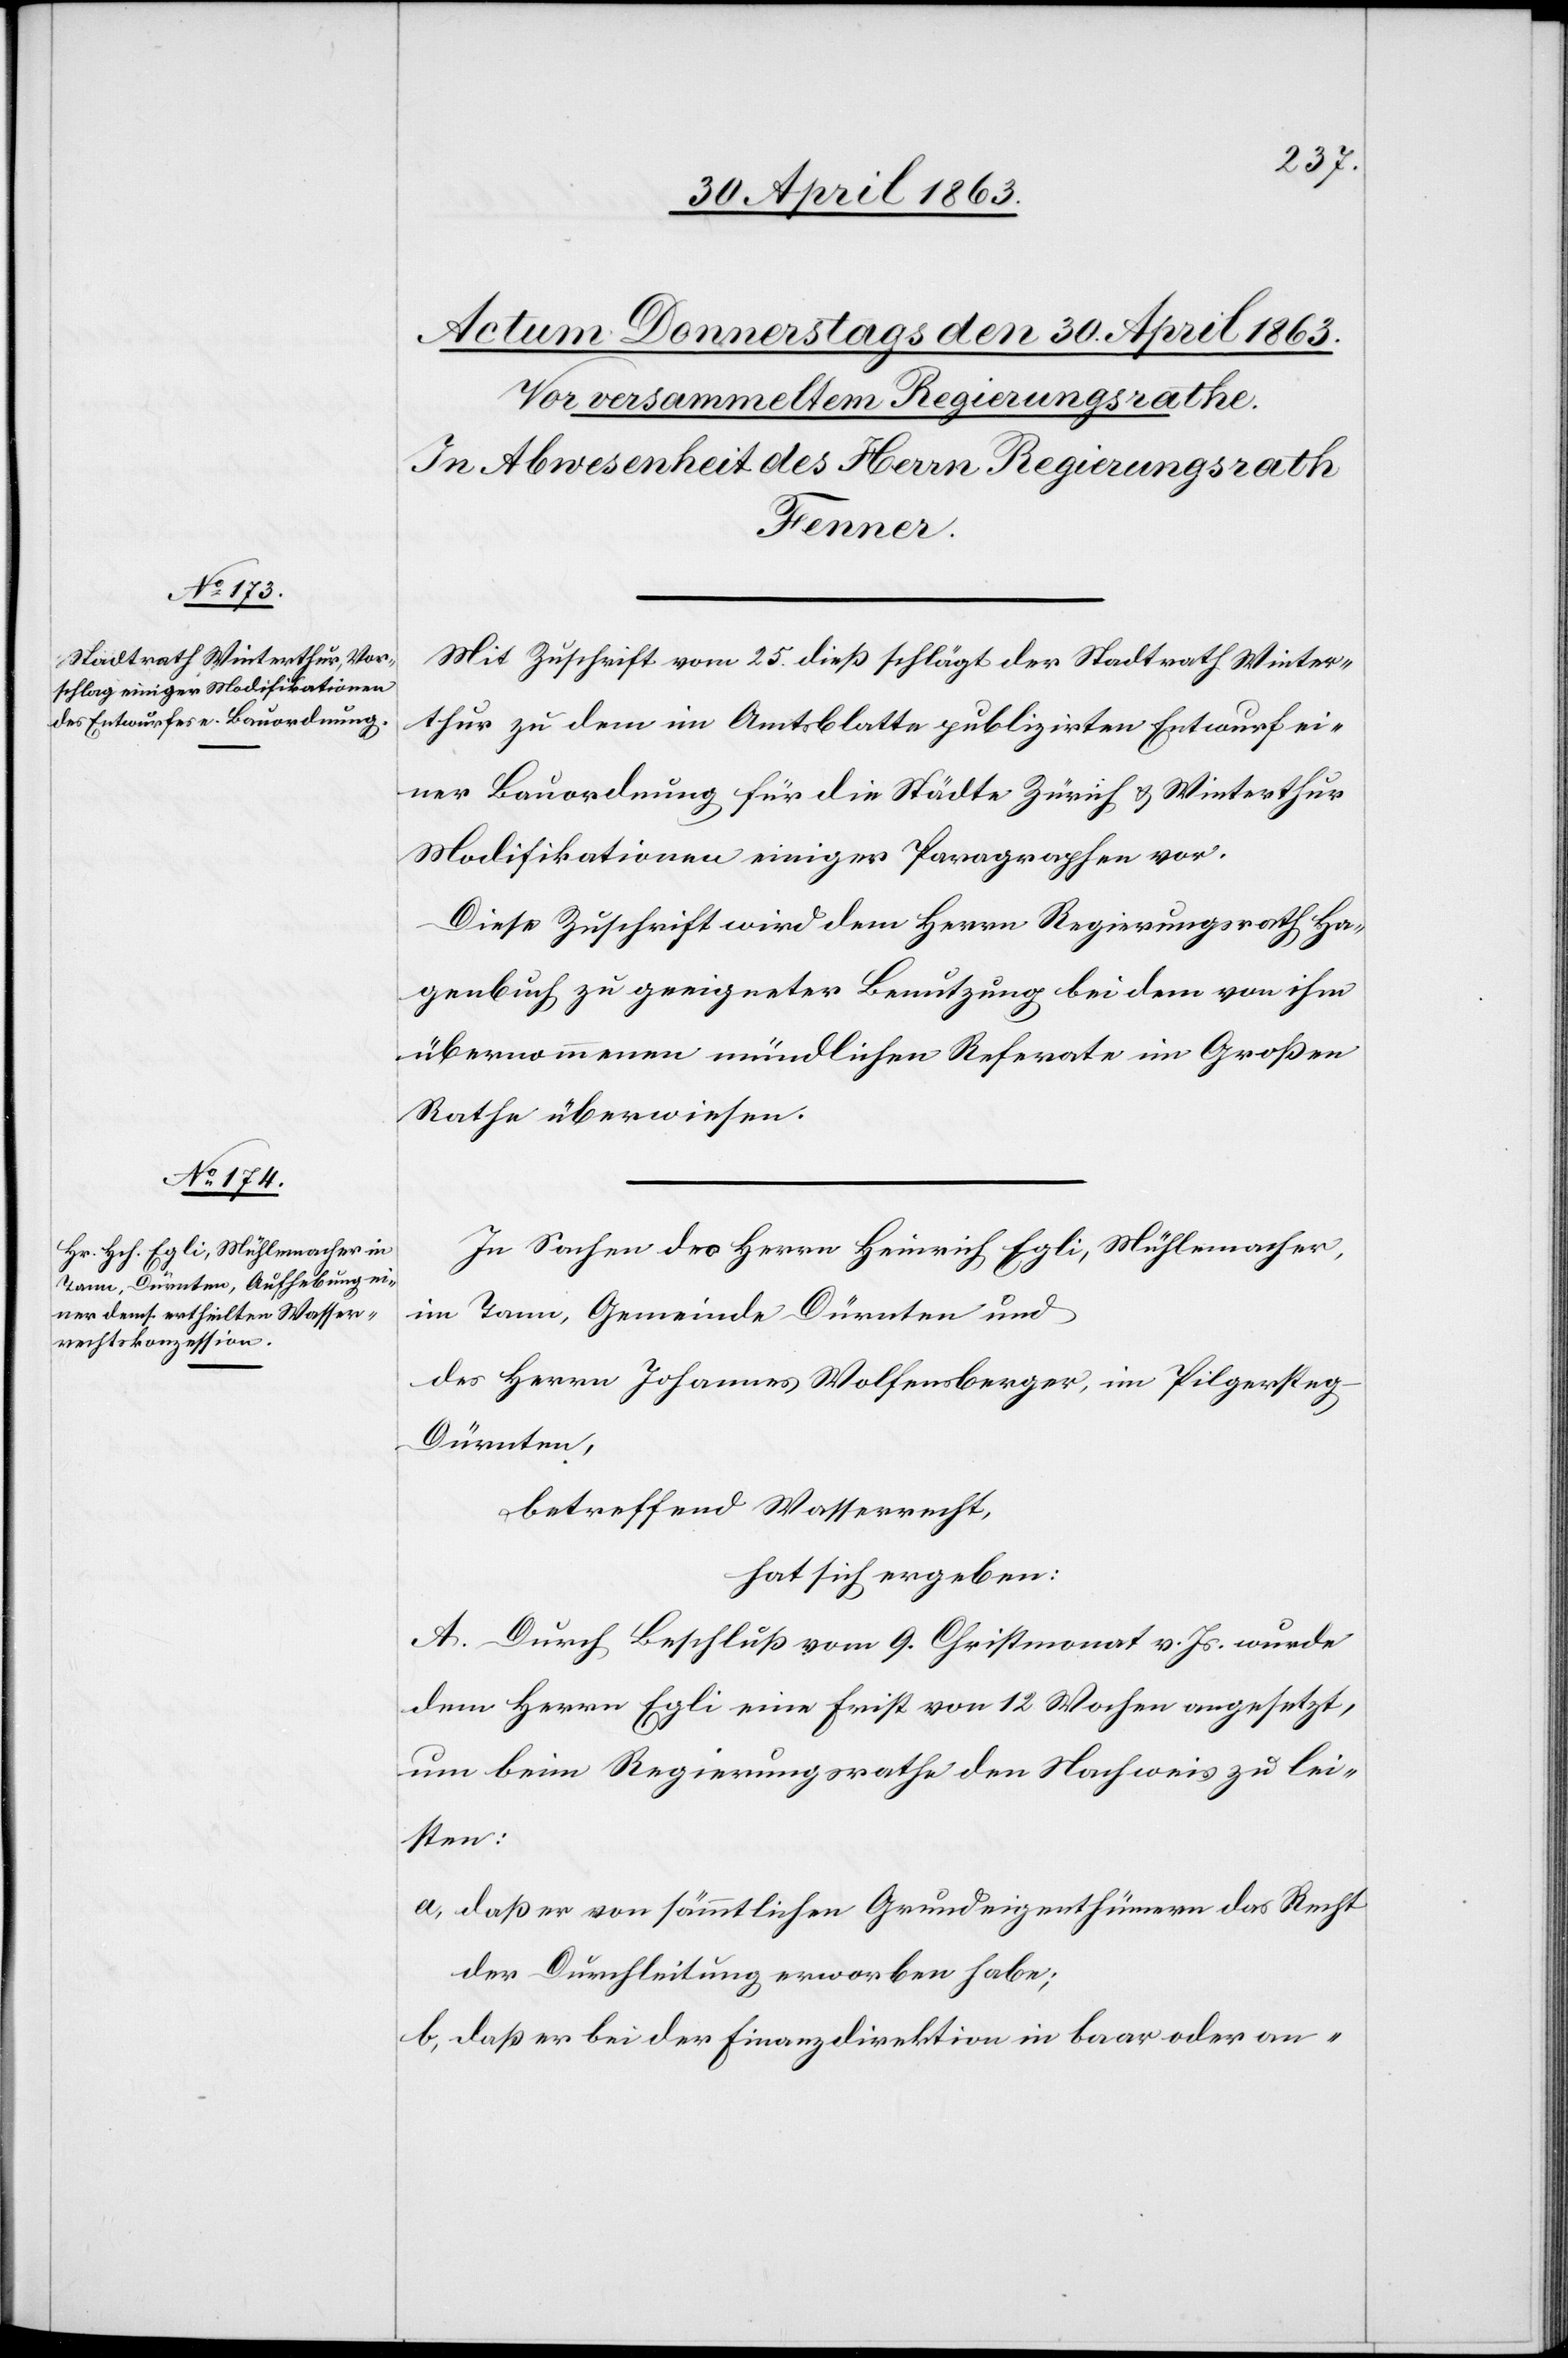
Mit Zuschrift vom 25. dieß schlägt der Stadtrath Winter¬
thur zu dem im Amtsblatte publizirten Entwurf ei¬
ner Bauordnung für die Städte Zürich & Winterthur
Modifikationen einiger Paragraphen vor.
Diese Zuschrift wird dem Herrn Regierungsrath Ha¬
genbuch zu geeigneter Benutzung bei dem von ihm
übernommenen mündlichen Referate im Großen
Rathe überwiesen.
In Sachen des Herrn Heinrich Egli, Mühlemacher,
in Tann, Gemeinde Dürnten und
des Herrn Johannes Wolfensberger, im Pilgersteg
Dürnten,
betreffend Wasserrecht,
hat sich ergeben:
A. Durch Beschluß vom 9. Christmonat v. Js. wurde
dem Herrn Egli eine Frist von 12 Wochen angesetzt,
um beim Regierungsrathe den Nachweis zu lei¬
sten:
a) daß er von sämmtlichen Grundeigenthümern das Recht
der Durchleitung erworben habe;
b) daß er bei der Finanzdirektion in baar oder an-